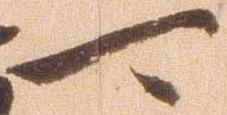
可